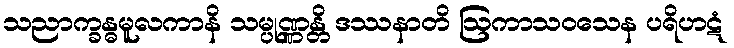
သညာက္ခန္ဓမူလကာနိ သမ္ပုဏ္ဏန္တိ ဒဿနာတိ ဩကာသဝသေန ပရိဟဋံ